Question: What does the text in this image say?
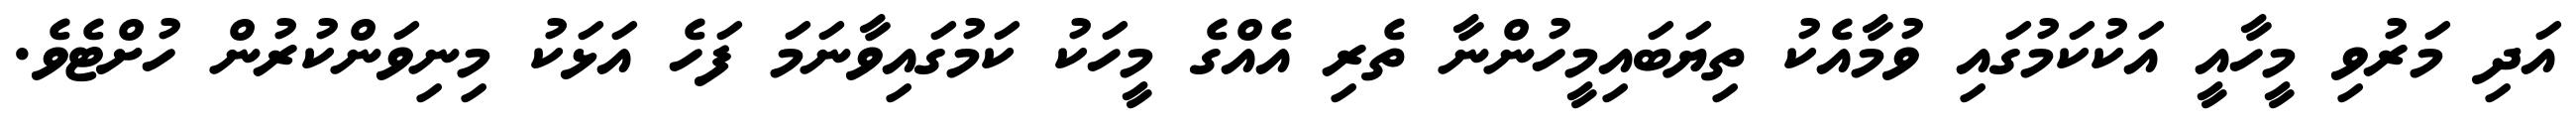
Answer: އަދި މަރުވި މީހާއީ އަކުކަމުގައި ވުމާއެކު ތިޔަބައިމީހުންނާ ތެރި އެއްގެ މީހަކު ކަމުގައިވާނަމަ ފަހެ އަޅަކު މިނިވަންކުރުން ހުށްޓެވެ.